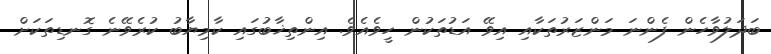
ބަދަލުވާހެން ފެންނަ މަންޒަރުތަކާއި އިވޭ އަޑުތަކުން ހީވެއެވެ. އިންތިޚާބުގައި ކާމިޔާބު ކުރެވޭނެ ގޮނޑިތަކަށް